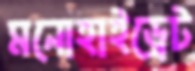
মনোহাইড্রেট